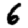
Digit: 6